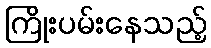
ကြိုးပမ်းနေသည့်